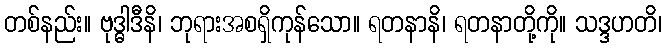
တစ်နည်း။ ဗုဒ္ဓါဒီနိ၊ ဘုရားအစရှိကုန်သော။ ရတနာနိ၊ ရတနာတို့ကို။ သဒ္ဒဟတိ၊